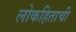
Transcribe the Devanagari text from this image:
लोकहिताची